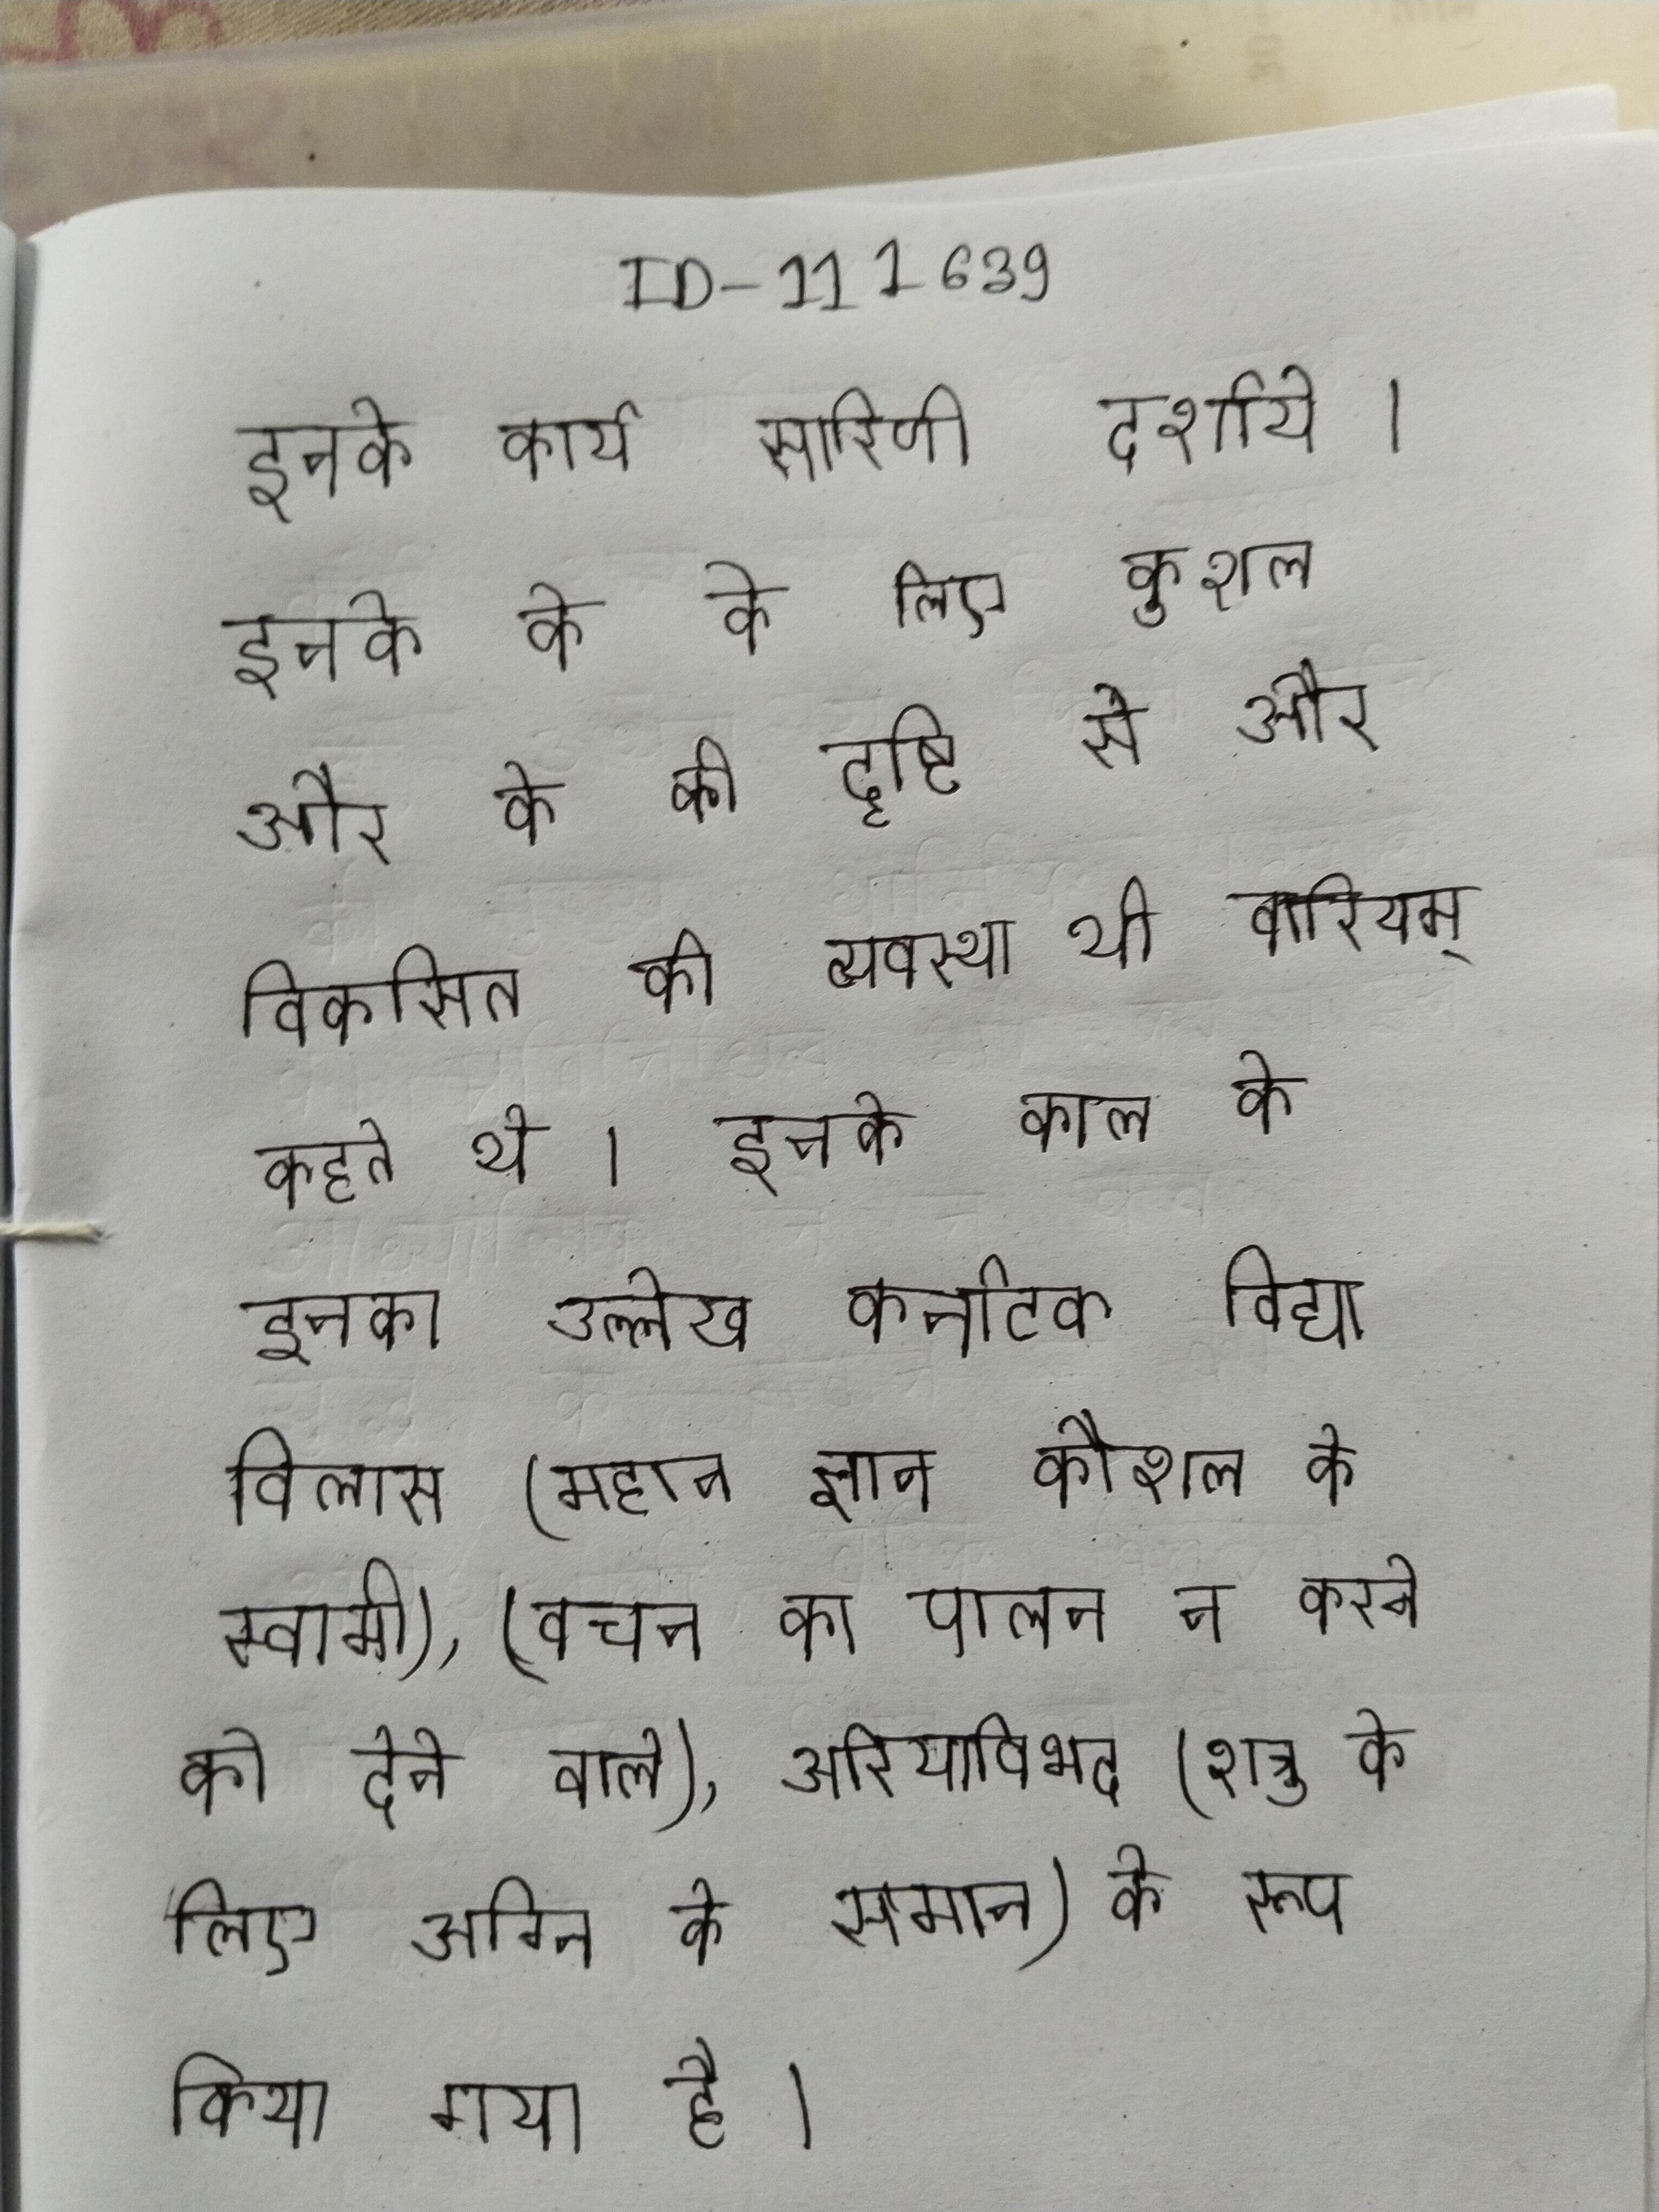
इनके कार्य सारिणी दर्शाये । इनके के के लिए कुशल और के की दृष्टि से और विकसित की व्यवस्था थी वारियम् कहते थे । इनके काल के इनका उल्लेख कर्नाटक विद्या विलास (महान ज्ञान कौशल के स्वामी), (वचन का पालन न करने को देने वाले), अरियाविभद (शत्रु के लिए अग्नि के समान) के रूप किया गया है ।